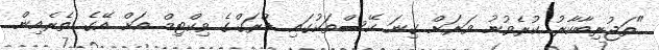
"ތަޖުރިބާކާރު ކުރެވުނު ވަަރަށް ގިނަ ކޭސްތަކުގައި ޑްރަގްގެ ވިކްޓިމް އަށް އޭގެ ތެރެއިން